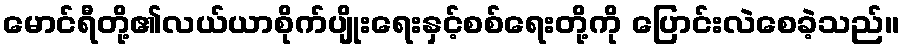
မောင်ရီတို့၏လယ်ယာစိုက်ပျိုးရေးနှင့်စစ်ရေးတို့ကို ပြောင်းလဲစေခဲ့သည်။